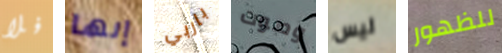
فلا إنها باربي وصوت ليس للظهور